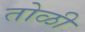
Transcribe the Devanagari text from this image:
तोळी